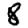
Digit: 8